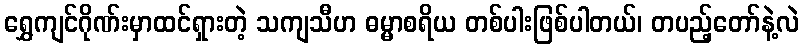
ရွှေကျင်ဂိုဏ်းမှာထင်ရှားတဲ့ သကျသီဟ ဓမ္မာစရိယ တစ်ပါးဖြစ်ပါတယ်၊ တပည့်တော်နဲ့လဲ